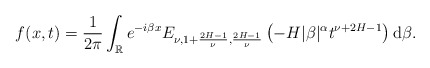
\begin{align*} & f(x,t) = \frac{1}{2 \pi} \int_{\mathbb{R}} e^{-i \beta x} E_{\nu, 1+\frac{2H-1}{\nu}, \frac{2H-1}{\nu}} \left(-H |\beta|^{\alpha} t^{\nu+2H-1} \right) \mathrm d\beta. \end{align*}